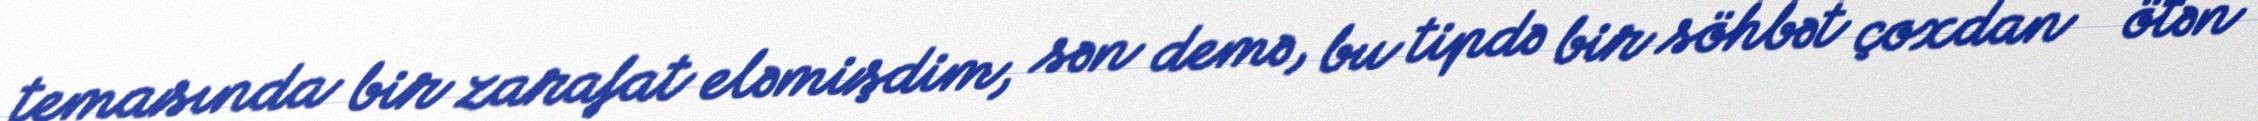
temasında bir zarafat eləmişdim, sən demə, bu tipdə bir söhbət çoxdan - ötən